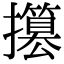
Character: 𢸥